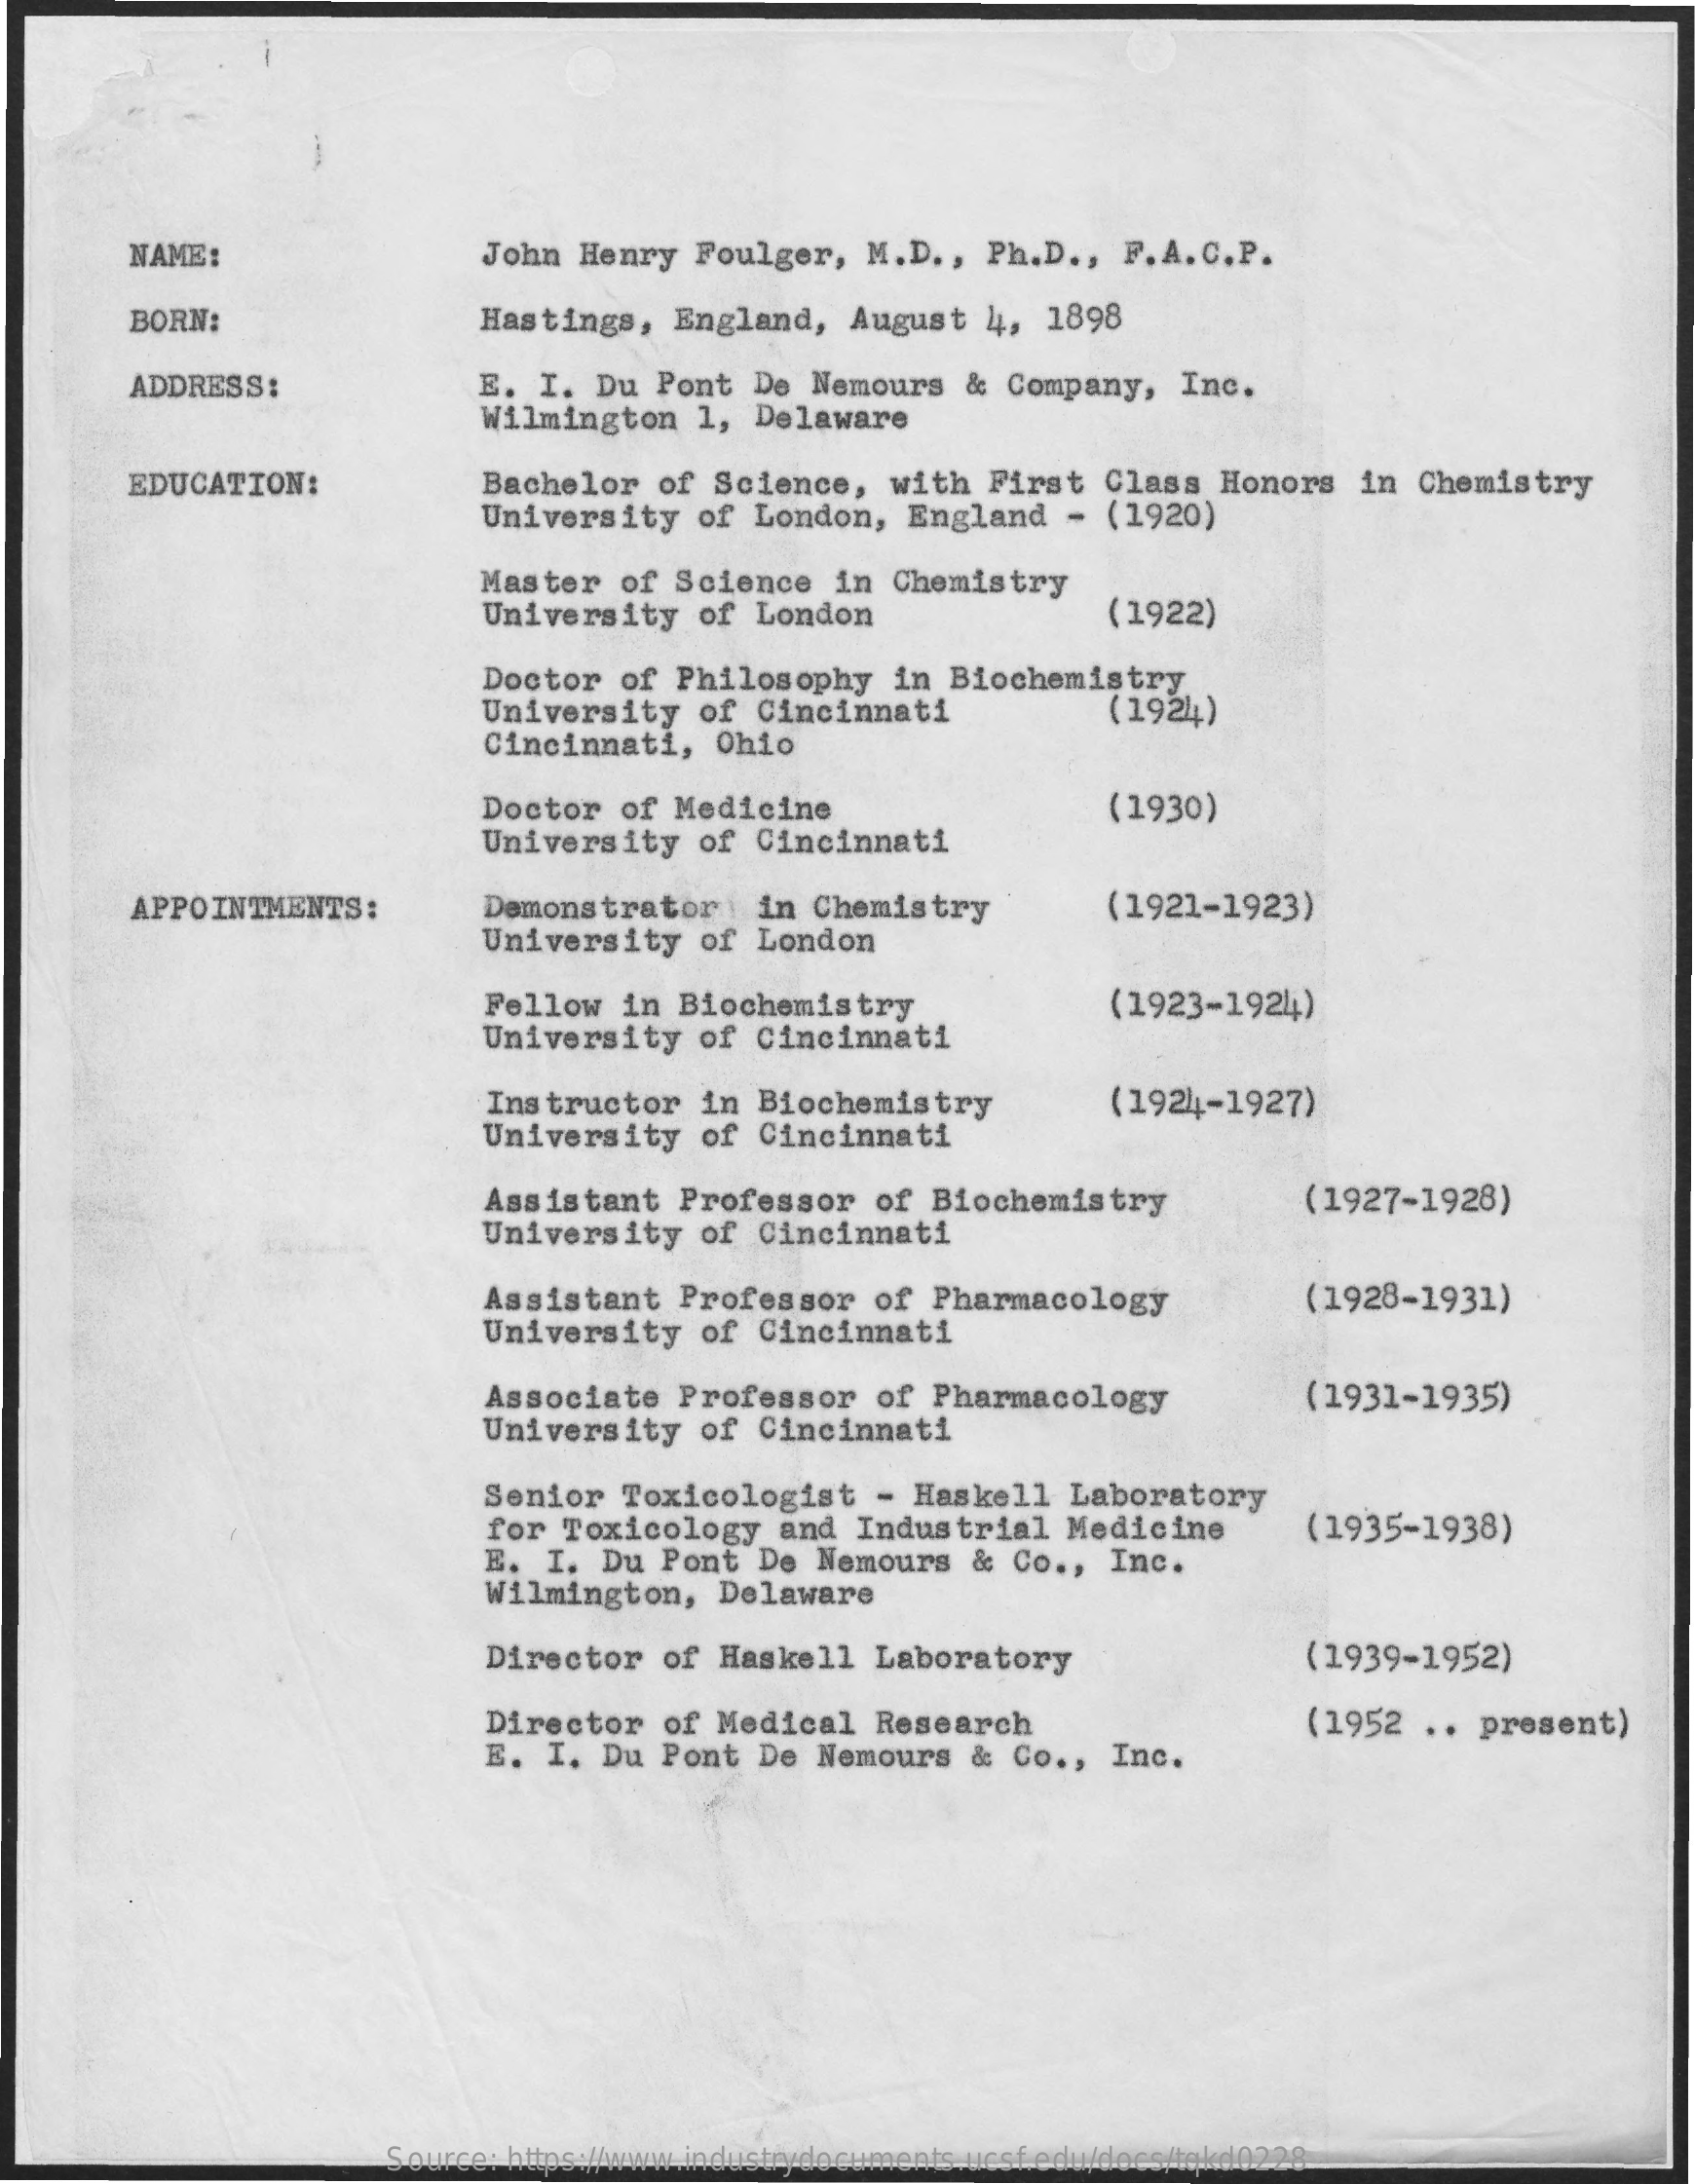
NAME:    John  Henry  Foulger,   M.D  ., Ph.D  ., F.A.C.P.
     BORN:    Hastings,   England,   August   4,  1898
     ADDRESS:    E.  I. Du  Pont  De  Nemours   &  Company,   Inc.
     Wilmington    1, Delaware
     EDUCATION:    Bachelor   of  Science,   with  First   Class  Honors   in  Chemistry
     University    of London,   England    - (1920)
     Master   of Science   in  Chemistry
     University    of London    (1922)
     Doctor   of Philosophy    in  Biochemistry
     University    of Cincinnati    (1924)
     Cincinnati,    Ohio
     Doctor   of Medicine
     University    of Cincinnati
     (1930)
     APPOINTMENTS   :    Demonstrator    in Chemistry
     University    of  London
     (1921-1923)
     Fellow   in  Biochemistry
     University    of Cincinnati
     (1923-1924)
     Instructor    in Biochemistry
     University    of  Cincinnati
     (1924-1927)
     Assistant    Professor   of  Biochemistry
     University    of  Cincinnati
     (1927-1928)
     Assistant    Professor   of  Pharmacology    (1928-1931)
     University    of  Cincinnati
     Associate   Professor    of  Pharmacology
     University    of  Cincinnati
     (1931-1935)
     Senior   Toxicologist    - Haskell    Laboratory
     for  Toxicology    and  Industrial   Medicine
     E.  I. Du  Pont  De  Nemours   &  Co ., Inc.
     (1935-1938)
     Wilmington,    Delaware
     Director   of  Haskell   Laboratory    (1939-1952)
     Director    of Medical   Research
     E.  I. Du  Pont  De  Nemours   &  Co ., Inc.
     (1952  ..  present)
     Source: https://www.industrydocuments.ucsf.edu/docs/tqkd0228